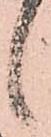
候